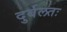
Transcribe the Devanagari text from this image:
दुर्बलतः